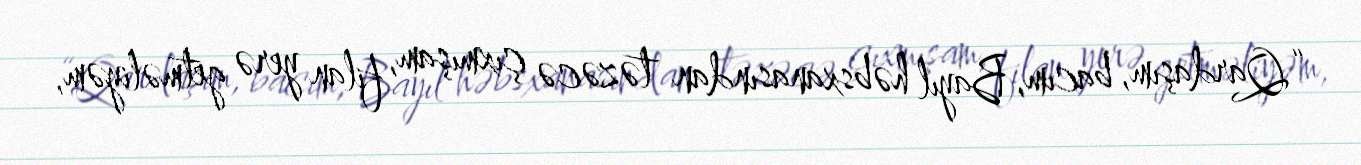
“Qardaşım, bacım, Bayıl həbsxanasından təzəcə çıxmışam, filan yerə getməliyəm,